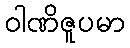
ဝါဏိဇူပမာ